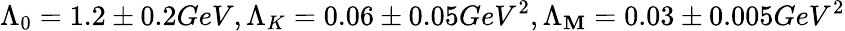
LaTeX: \Lambda_{0}=1.2\pm0.2GeV,\Lambda_{K}=0.06\pm0.05GeV^{2},\Lambda_{\mathbf{M}}=0.03\pm0.005GeV^{2}